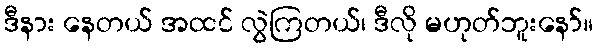
ဒီနား နေတယ် အထင် လွဲကြတယ်၊ ဒီလို မဟုတ်ဘူးနော်။